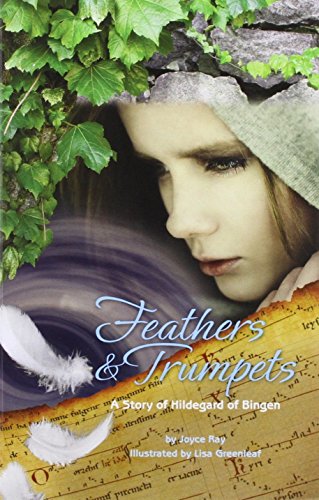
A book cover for Feathers & Trumpets: A Story of Hildegard of Bingen; Joyce Ray; Teen & Young Adult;